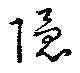
隠